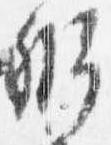
弁